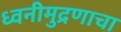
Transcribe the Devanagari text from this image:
ध्वनीमुद्रणाचा